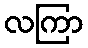
လကြာ